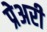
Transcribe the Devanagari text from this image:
प्रेअरी